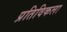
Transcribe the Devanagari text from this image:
प्रतिविकला